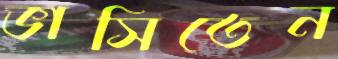
ভাসিতেন